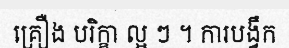
គ្រឿង បរិក្ខា ល្អ ៗ ។ ការបង្វឹក